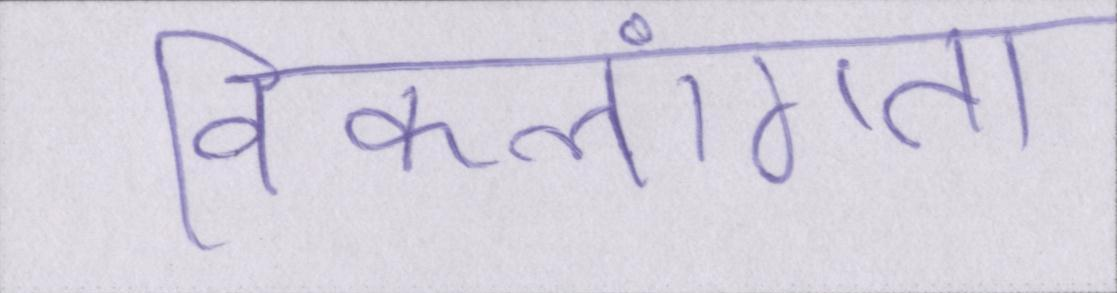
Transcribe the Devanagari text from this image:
विकलांगता